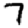
Digit: 7